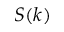
S ( k )